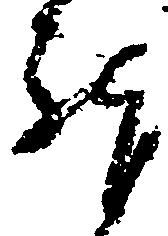
躰